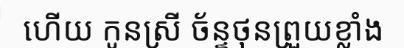
ហើយ កូនស្រី ច័ន្ទថុនព្រួយខ្លាំង